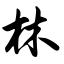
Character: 林